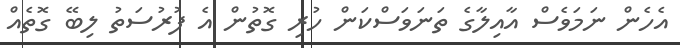
އެހެން ނަމަވެސް އާއިލާގެ ތަނަވަސްކަން ހުރި ގޮތުން އެ ފުރުސަތު ލިބޭ ގޮތެއް